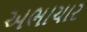
અભાચાર